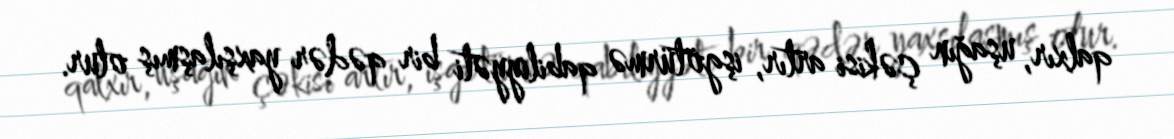
qalxır, uşağın çəkisi artır, işgötürmə qabiliyyəti bir qədər yaxşılaşmış olur.